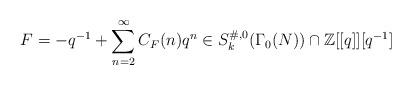
LaTeX: \begin{align*}F=-q^{-1}+\sum ^{\infty }_{n=2}C_{F}( n) q^{n} \in S_{k}^{\# ,0}( \Gamma _{0}( N) ) \cap \mathbb{Z}[[q]][q^{-1}]\end{align*}